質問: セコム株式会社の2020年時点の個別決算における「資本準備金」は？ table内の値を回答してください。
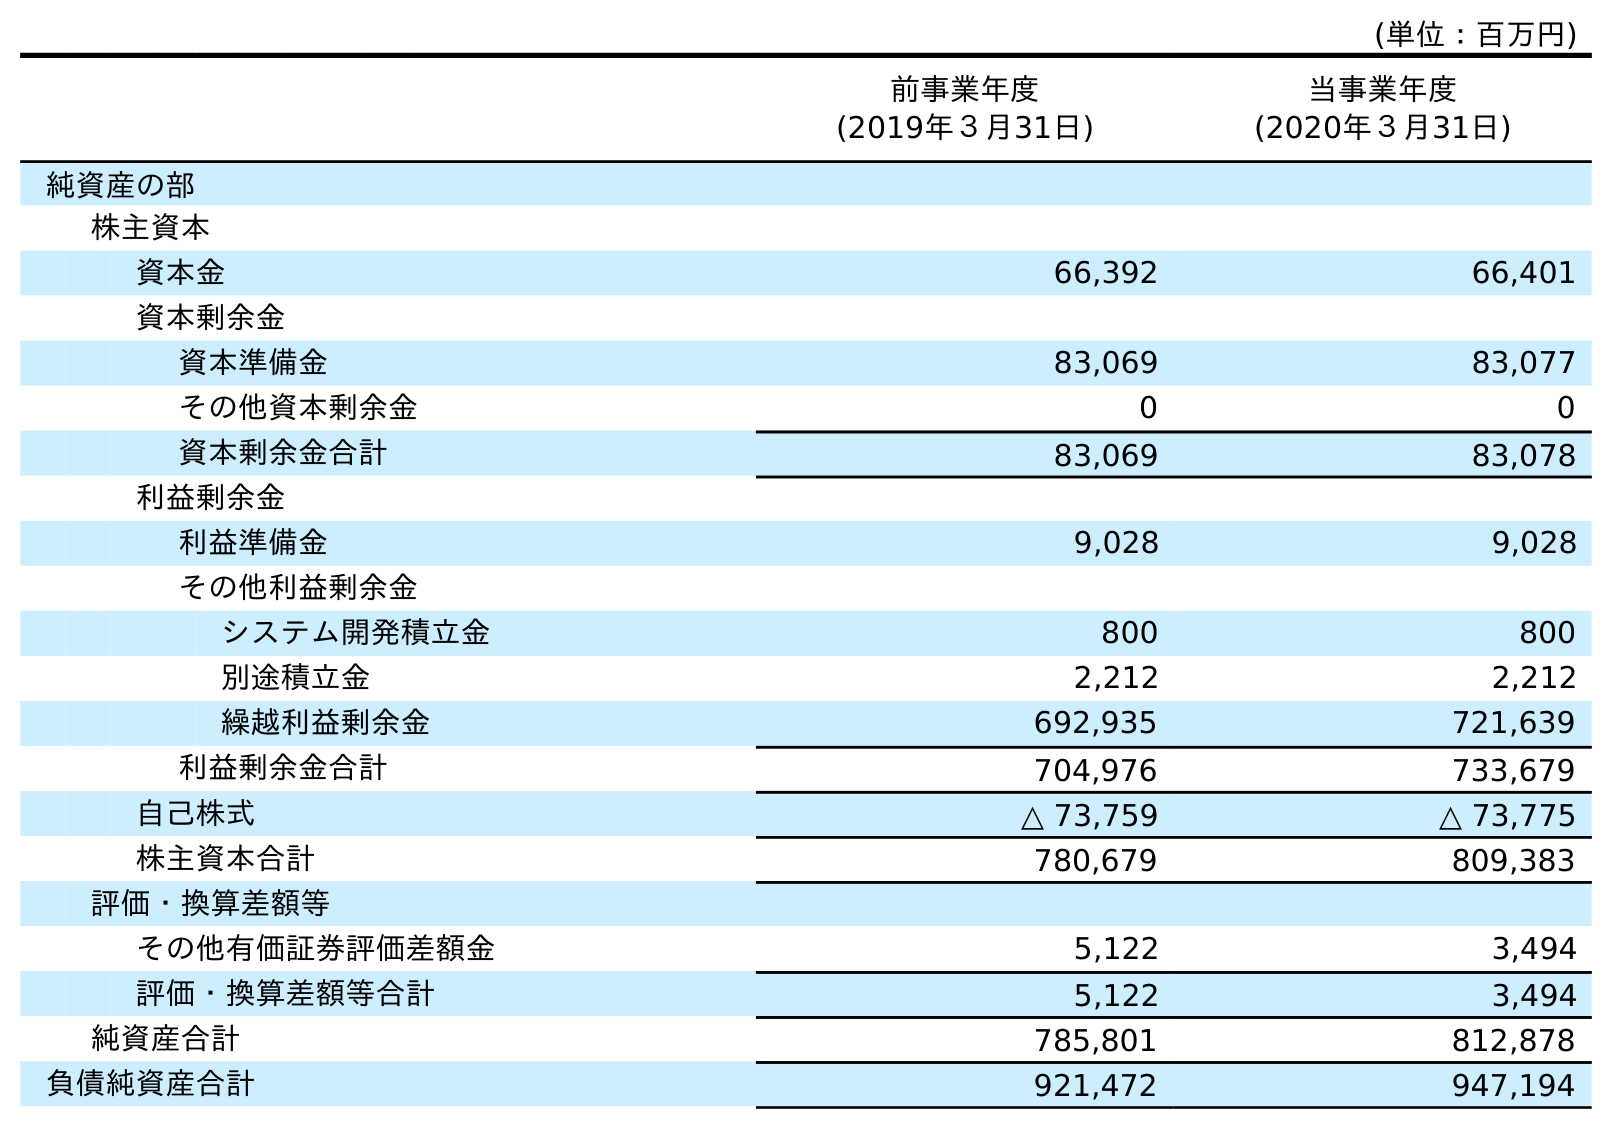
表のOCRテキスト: (単位：百万円) 前事業年度 (2019年３月31日) 当事業年度 (2020年３月31日) 純資産の部 株主資本 資本金 66,392 66,401 資本剰余金 資本準備金 83,069 83,077 その他資本剰余金 0 0 資本剰余金合計 83,069 83,078 利益剰余金 利益準備金 9,028 9,028 その他利益剰余金 システム開発積立金 800 800 別途積立金 2,212 2,212 繰越利益剰余金 692,935 721,639 利益剰余金合計 704,976 733,679 自己株式 △ 73,759 △ 73,775 株主資本合計 780,679 809,383 評価・換算差額等 その他有価証券評価差額金 5,122 3,494 評価・換算差額等合計 5,122 3,494 純資産合計 785,801 812,878 負債純資産合計 921,472 947,194
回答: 83,077